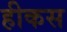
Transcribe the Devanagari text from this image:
हीकस